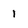
Character: 1